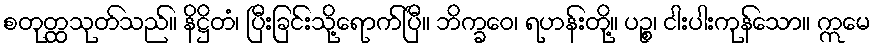
စတုတ္ထသုတ်သည်။ နိဋ္ဌိတံ၊ ပြီးခြင်းသို့ရောက်ပြီ။ ဘိက္ခဝေ၊ ရဟန်းတို့။ ပဉ္စ၊ ငါးပါးကုန်သော။ ဣမေ